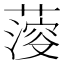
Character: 𦺌